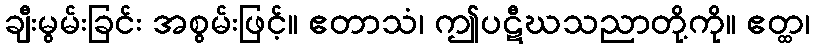
ချီးမွမ်းခြင်း အစွမ်းဖြင့်။ ဧတာသံ၊ ဤပဋီဃသညာတို့ကို။ ဧတ္ထ၊